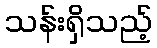
သန်းရှိသည့်